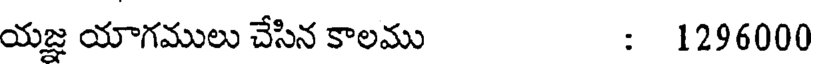
యజ్ఞ యాగములు చేసిన కాలము : 1296000